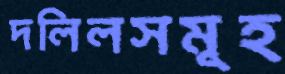
দলিলসমূহ